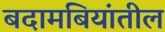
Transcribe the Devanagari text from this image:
बदामबियांतील